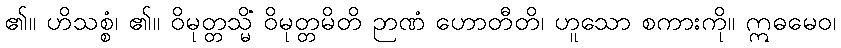
၏။ ဟိသစ္စံ၊ ၏။ ဝိမုတ္တသ္မိံ ဝိမုတ္တမိတိ ဉာဏံ ဟောတီတိ၊ ဟူသော စကားကို။ ဣဓမေဝ၊